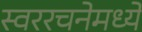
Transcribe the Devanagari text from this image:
स्वररचनेमध्ये